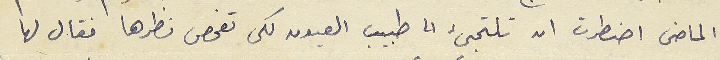
الماضى اضطرت ان تلتجئ الى طبيب العيون لكى تفحص نظرها فقال لها